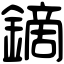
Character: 鏑